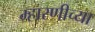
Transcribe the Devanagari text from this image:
म्हारणीच्या